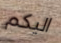
اليكم